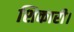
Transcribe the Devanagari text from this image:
शिकारी।